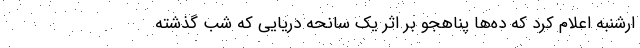
ارشنبه اعلام کرد که ده‌ها پناهجو بر اثر یک سانحه دریایی که شب گذشته